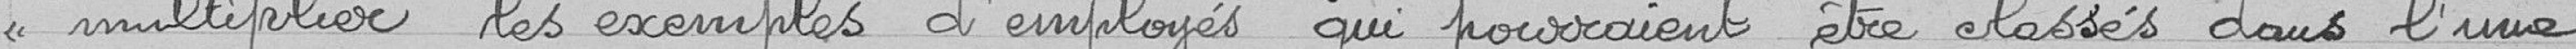
<< multiplier les exemples d'employés qui pourraient etre classés dans l'une